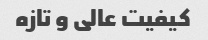
کیفیت عالی و تازه